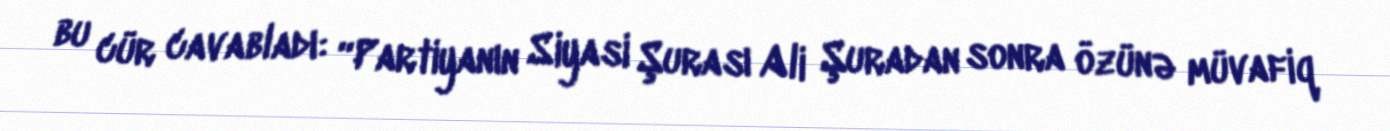
bu cür cavabladı: “Partiyanın Siyasi Şurası Ali Şuradan sonra özünə müvafiq